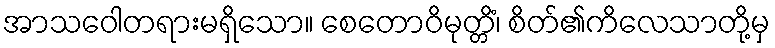
အာသဝေါတရားမရှိသော။ စေတောဝိမုတ္တိံ၊ စိတ်၏ကိလေသာတို့မှ